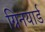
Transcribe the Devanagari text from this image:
ग्रिनयार्ड